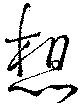
想